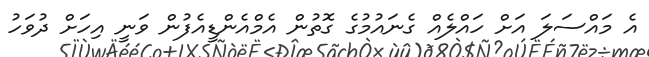
އެ މައްސަލަ އަށް ހައްލެއް ގެނައުމުގެ ގޮތުން އެމްއެންޑީއެފުން ވަނީ އިހަށް ދުވަހު